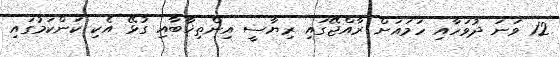
12 ވަނަ ދުވަހާއި ހަމައަށް ރާއްޖޭގައި ރިޔާސީ އިންތިޚާބާއި ގުޅޭ އެކި ކަންކަމުގައި